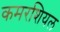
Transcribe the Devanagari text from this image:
कमरशियल